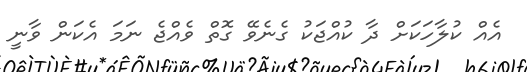
އެއް ކުލާހަކަށް ދާ ކުއްޖަކު ގެނެވޭ ގޮތް ވެއްޖެ ނަމަ އެކަން ވާނީ